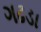
ગઢડા